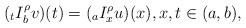
\begin{align*} &({}_t I_{b}^\rho v)(t)= ({}_a I_{x}^\rho u)(x),x,t\in (a,b), \end{align*}